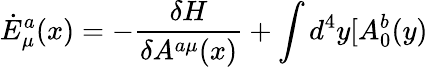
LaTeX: \dot{E}_{\mu}^{a}(x)=-\frac{\delta H}{\delta A^{a\mu}(x)}+\int d^{4}y[A_{0}^{b}(y)